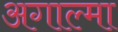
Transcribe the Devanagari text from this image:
अगाल्मा